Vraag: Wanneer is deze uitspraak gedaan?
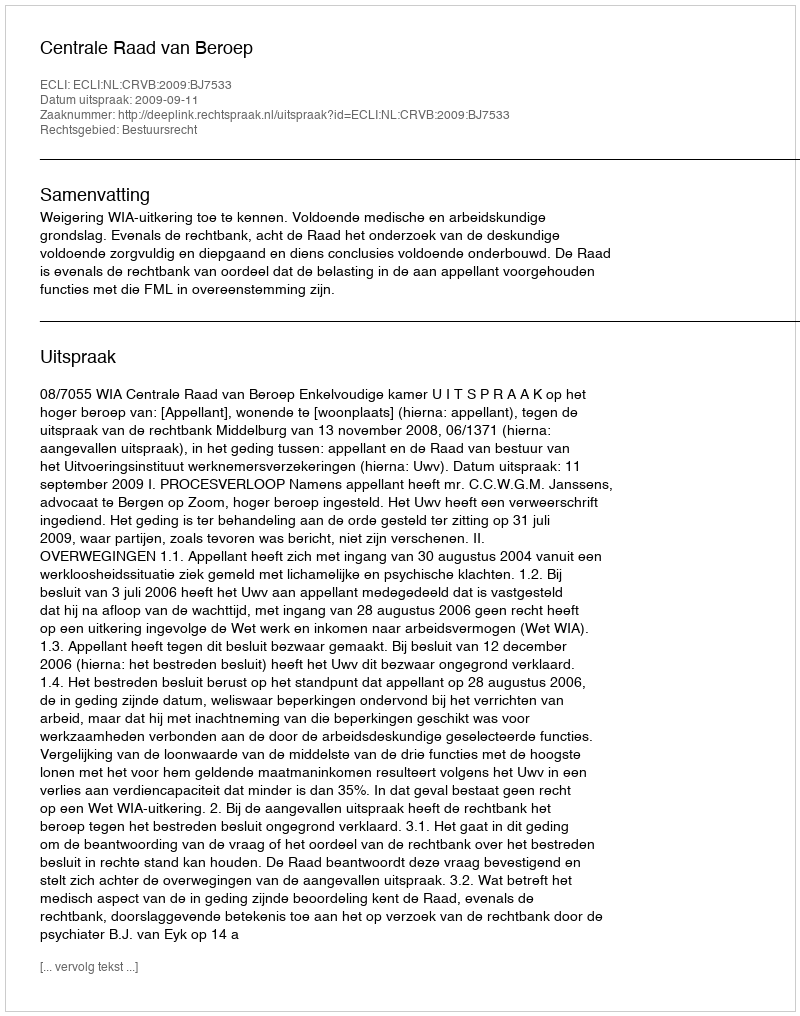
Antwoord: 2009-09-11